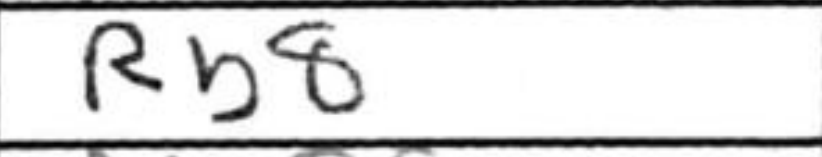
Transcription: Rb8